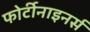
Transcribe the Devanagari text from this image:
फोर्टीनाइनर्स